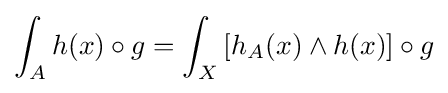
\int _{A}h(x)\circ g=\int _{X}\left[h_{A}(x)\wedge h(x)\right]\circ g